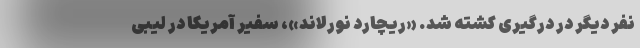
نفر دیگر در درگیری کشته شد. «ریچارد نورلاند»، سفیر آمریکا در لیبی